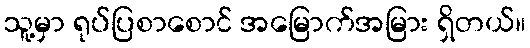
သူ့မှာ ရုပ်ပြစာစောင် အမြောက်အမြား ရှိတယ်။